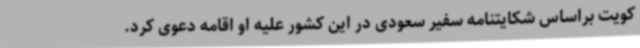
کویت براساس شکایتنامه سفیر سعودی در این کشور علیه او اقامه دعوی کرد.